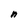
Character: n